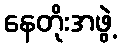
နေတိုးအဖွဲ့